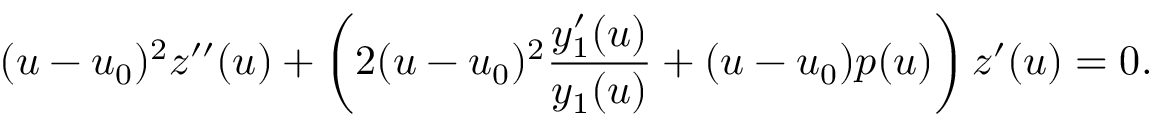
( u - u _ { 0 } ) ^ { 2 } z ^ { \prime \prime } ( u ) + \left( 2 ( u - u _ { 0 } ) ^ { 2 } \frac { y _ { 1 } ^ { \prime } ( u ) } { y _ { 1 } ( u ) } + ( u - u _ { 0 } ) p ( u ) \right) z ^ { \prime } ( u ) = 0 .